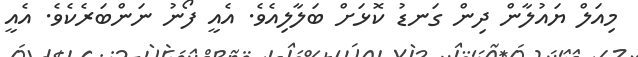
މިއަލް ޔައުލާން ދިން ގަނޑު ކޮޅަށް ބަލާލިއެވެ. އެއީ ފޯނު ނަންބަރެކެވެ. އެއީ